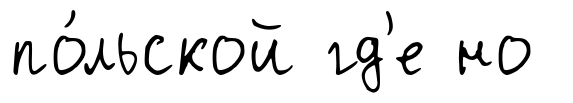
по́льской гд'е но